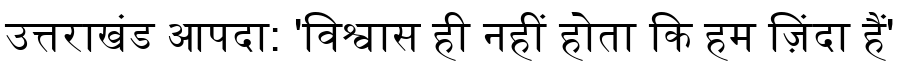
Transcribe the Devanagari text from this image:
उत्तराखंड आपदा: 'विश्वास ही नहीं होता कि हम ज़िंदा हैं'